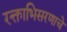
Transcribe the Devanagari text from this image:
रक्ताभिसरणाचे